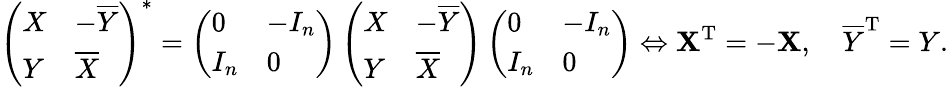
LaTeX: \left({\begin{array}{ll}{X}&{-{\overline{{Y}}}}\\ {Y}&{{\overline{{X}}}}\end{array}}\right)^{*}=\left({\begin{array}{ll}{0}&{-I_{n}}\\ {I_{n}}&{0}\end{array}}\right)\left({\begin{array}{ll}{X}&{-{\overline{{Y}}}}\\ {Y}&{{\overline{{X}}}}\end{array}}\right)\left({\begin{array}{ll}{0}&{-I_{n}}\\ {I_{n}}&{0}\end{array}}\right)\Leftrightarrow\mathbf{X}^{\mathrm{{T}}}=-\mathbf{X},\quad{\overline{{{Y}}}}^{\mathrm{{T}}}=Y.